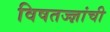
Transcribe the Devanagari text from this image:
विषतज्‍ज्ञांची